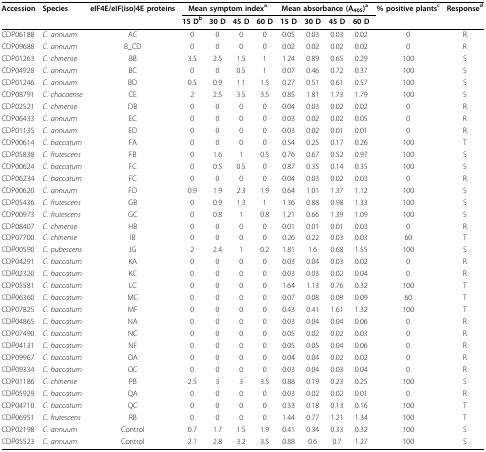
<table><thead><tr><td><b>Accession</b></td><td><b>Species</b></td><td><b>eIF4E/eIF(iso)4E proteins</b></td><td colspan="4"><b>Mean symptom index<sup>a</sup></b></td><td colspan="4"><b>Mean absorbance (A<sub>405</sub>)<sup>a</sup></b></td><td><b>% positive plants<sup>c</sup></b></td><td><b>Response<sup>d</sup></b></td></tr><tr><td></td><td></td><td></td><td><b>15 D<sup>b</sup></b></td><td><b>30 D</b></td><td><b>45 D</b></td><td><b>60 D</b></td><td><b>15 D</b></td><td><b>30 D</b></td><td><b>45 D</b></td><td><b>60 D</b></td><td></td><td></td></tr></thead><tbody><tr><td>CDP06188</td><td><i>C. annuum</i></td><td>AC</td><td>0</td><td>0</td><td>0</td><td>0</td><td>0.05</td><td>0.03</td><td>0.03</td><td>0.02</td><td>0</td><td>R</td></tr><tr><td>CDP09688</td><td><i>C. annuum</i></td><td>B_CD</td><td>0</td><td>0</td><td>0</td><td>0</td><td>0.02</td><td>0.02</td><td>0.02</td><td>0.02</td><td>0</td><td>R</td></tr><tr><td>CDP01263</td><td><i>C. chinense</i></td><td>BB</td><td>3.5</td><td>2.5</td><td>1.5</td><td>1</td><td>1.24</td><td>0.89</td><td>0.65</td><td>0.29</td><td>100</td><td>S</td></tr><tr><td>CDP04928</td><td><i>C. annuum</i></td><td>BC</td><td>0</td><td>0</td><td>0.5</td><td>1</td><td>0.07</td><td>0.46</td><td>0.72</td><td>0.37</td><td>100</td><td>S</td></tr><tr><td>CDP01246</td><td><i>C. annuum</i></td><td>BD</td><td>0.5</td><td>0.9</td><td>1.1</td><td>1.5</td><td>0.27</td><td>0.51</td><td>0.61</td><td>0.57</td><td>100</td><td>S</td></tr><tr><td>CDP08791</td><td><i>C. chacoense</i></td><td>CE</td><td>2</td><td>2.5</td><td>3.5</td><td>3.5</td><td>0.85</td><td>1.81</td><td>1.73</td><td>1.79</td><td>100</td><td>S</td></tr><tr><td>CDP02521</td><td><i>C. chinense</i></td><td>DB</td><td>0</td><td>0</td><td>0</td><td>0</td><td>0.04</td><td>0.03</td><td>0.02</td><td>0.02</td><td>0</td><td>R</td></tr><tr><td>CDP06433</td><td><i>C. annuum</i></td><td>EC</td><td>0</td><td>0</td><td>0</td><td>0</td><td>0.03</td><td>0.02</td><td>0.02</td><td>0.05</td><td>0</td><td>R</td></tr><tr><td>CDP01135</td><td><i>C. annuum</i></td><td>ED</td><td>0</td><td>0</td><td>0</td><td>0</td><td>0.03</td><td>0.02</td><td>0.01</td><td>0.01</td><td>0</td><td>R</td></tr><tr><td>CDP00614</td><td><i>C. baccatum</i></td><td>FA</td><td>0</td><td>0</td><td>0</td><td>0</td><td>0.54</td><td>0.25</td><td>0.17</td><td>0.26</td><td>100</td><td>T</td></tr><tr><td>CDP05838</td><td><i>C. frutescens</i></td><td>FB</td><td>0</td><td>1.6</td><td>1</td><td>0.5</td><td>0.76</td><td>0.67</td><td>0.52</td><td>0.97</td><td>100</td><td>S</td></tr><tr><td>CDP00624</td><td><i>C. baccatum</i></td><td>FC</td><td>0</td><td>0.5</td><td>0.5</td><td>0</td><td>0.87</td><td>0.35</td><td>0.14</td><td>0.35</td><td>100</td><td>S</td></tr><tr><td>CDP06234</td><td><i>C. baccatum</i></td><td>FC</td><td>0</td><td>0</td><td>0</td><td>0</td><td>0.04</td><td>0.03</td><td>0.02</td><td>0.03</td><td>0</td><td>R</td></tr><tr><td>CDP00620</td><td><i>C. annuum</i></td><td>FD</td><td>0.9</td><td>1.9</td><td>2.3</td><td>1.9</td><td>0.64</td><td>1.01</td><td>1.37</td><td>1.12</td><td>100</td><td>S</td></tr><tr><td>CDP05436</td><td><i>C. frutescens</i></td><td>GB</td><td>0</td><td>0.9</td><td>1.3</td><td>1</td><td>1.36</td><td>0.88</td><td>0.98</td><td>1.33</td><td>100</td><td>S</td></tr><tr><td>CDP00973</td><td><i>C. frutescens</i></td><td>GC</td><td>0</td><td>0.8</td><td>1</td><td>0.8</td><td>1.21</td><td>0.66</td><td>1.39</td><td>1.09</td><td>100</td><td>S</td></tr><tr><td>CDP08407</td><td><i>C. chinense</i></td><td>HB</td><td>0</td><td>0</td><td>0</td><td>0</td><td>0.01</td><td>0.01</td><td>0.01</td><td>0.03</td><td>0</td><td>R</td></tr><tr><td>CDP07700</td><td><i>C. chinense</i></td><td>IB</td><td>0</td><td>0</td><td>0</td><td>0</td><td>0.26</td><td>0.22</td><td>0.03</td><td>0.03</td><td>60</td><td>T</td></tr><tr><td>CDP00590</td><td><i>C. pubescens</i></td><td>JG</td><td>2</td><td>2.4</td><td>1</td><td>0.2</td><td>1.81</td><td>1.6</td><td>0.68</td><td>1.55</td><td>100</td><td>S</td></tr><tr><td>CDP04291</td><td><i>C. baccatum</i></td><td>KA</td><td>0</td><td>0</td><td>0</td><td>0</td><td>0.03</td><td>0.04</td><td>0.03</td><td>0.02</td><td>0</td><td>R</td></tr><tr><td>CDP02320</td><td><i>C. baccatum</i></td><td>KC</td><td>0</td><td>0</td><td>0</td><td>0</td><td>0.03</td><td>0.03</td><td>0.02</td><td>0.04</td><td>0</td><td>R</td></tr><tr><td>CDP05581</td><td><i>C. baccatum</i></td><td>LC</td><td>0</td><td>0</td><td>0</td><td>0</td><td>1.64</td><td>1.13</td><td>0.76</td><td>0.32</td><td>100</td><td>T</td></tr><tr><td>CDP06360</td><td><i>C. baccatum</i></td><td>MC</td><td>0</td><td>0</td><td>0</td><td>0</td><td>0.07</td><td>0.08</td><td>0.09</td><td>0.09</td><td>60</td><td>T</td></tr><tr><td>CDP07825</td><td><i>C. baccatum</i></td><td>MF</td><td>0</td><td>0</td><td>0</td><td>0</td><td>0.43</td><td>0.41</td><td>1.61</td><td>1.32</td><td>100</td><td>T</td></tr><tr><td>CDP04865</td><td><i>C. baccatum</i></td><td>NA</td><td>0</td><td>0</td><td>0</td><td>0</td><td>0.03</td><td>0.04</td><td>0.04</td><td>0.06</td><td>0</td><td>R</td></tr><tr><td>CDP07490</td><td><i>C. baccatum</i></td><td>NC</td><td>0</td><td>0</td><td>0</td><td>0</td><td>0.05</td><td>0.02</td><td>0.02</td><td>0.03</td><td>0</td><td>R</td></tr><tr><td>CDP04131</td><td><i>C. baccatum</i></td><td>NF</td><td>0</td><td>0</td><td>0</td><td>0</td><td>0.05</td><td>0.05</td><td>0.04</td><td>0.06</td><td>0</td><td>R</td></tr><tr><td>CDP09967</td><td><i>C. baccatum</i></td><td>OA</td><td>0</td><td>0</td><td>0</td><td>0</td><td>0.04</td><td>0.04</td><td>0.02</td><td>0.02</td><td>0</td><td>R</td></tr><tr><td>CDP09334</td><td><i>C. baccatum</i></td><td>OC</td><td>0</td><td>0</td><td>0</td><td>0</td><td>0.03</td><td>0.04</td><td>0.03</td><td>0.04</td><td>0</td><td>R</td></tr><tr><td>CDP01186</td><td><i>C. chinense</i></td><td>PB</td><td>2.5</td><td>3</td><td>3</td><td>3.5</td><td>0.88</td><td>0.19</td><td>0.23</td><td>0.25</td><td>100</td><td>S</td></tr><tr><td>CDP05929</td><td><i>C. baccatum</i></td><td>QA</td><td>0</td><td>0</td><td>0</td><td>0</td><td>0.03</td><td>0.02</td><td>0.02</td><td>0.01</td><td>0</td><td>R</td></tr><tr><td>CDP04710</td><td><i>C. baccatum</i></td><td>QC</td><td>0</td><td>0</td><td>0</td><td>0</td><td>0.33</td><td>0.18</td><td>0.13</td><td>0.16</td><td>100</td><td>T</td></tr><tr><td>CDP06951</td><td><i>C. frutescens</i></td><td>RB</td><td>0</td><td>0</td><td>0</td><td>0</td><td>1.44</td><td>0.77</td><td>1.21</td><td>1.34</td><td>100</td><td>T</td></tr><tr><td>CDP02198</td><td><i>C. annuum</i></td><td>Control</td><td>0.7</td><td>1.7</td><td>1.5</td><td>1.9</td><td>0.41</td><td>0.34</td><td>0.33</td><td>0.32</td><td>100</td><td>S</td></tr><tr><td>CDP05523</td><td><i>C. annuum</i></td><td>Control</td><td>2.1</td><td>2.8</td><td>3.2</td><td>3.5</td><td>0.88</td><td>0.6</td><td>0.7</td><td>1.27</td><td>100</td><td>S</td></tr></tbody></table>